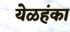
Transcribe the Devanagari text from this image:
येळहंका